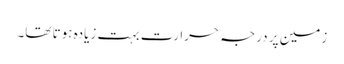
زمین پر درجہ حرارت بہت زیادہ ہوتا تھا۔